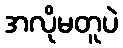
အလိုမတူပဲ